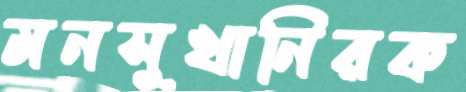
মনসুখানিরক